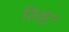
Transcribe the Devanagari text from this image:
लिट्ट०